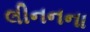
લીનનના